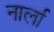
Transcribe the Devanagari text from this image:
नार्ला